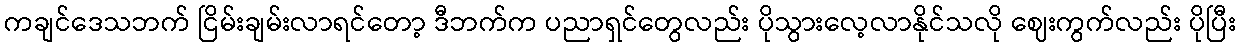
ကချင်ဒေသဘက် ငြိမ်းချမ်းလာရင်တော့ ဒီဘက်က ပညာရှင်တွေလည်း ပိုသွားလေ့လာနိုင်သလို ဈေးကွက်လည်း ပိုပြီး